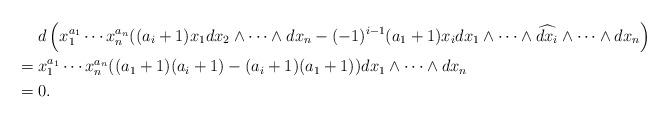
LaTeX: \begin{align*}&d\left(x_1^{a_1}\cdots x_n^{a_n}((a_i+1)x_1 dx_2\wedge\cdots \wedge dx_n-(-1)^{i-1}(a_1+1)x_idx_1\wedge \cdots\wedge\widehat{dx_i}\wedge\cdots\wedge dx_n\right)\\= {} & x_1^{a_1}\cdots x_n^{a_n}((a_1+1)(a_i+1)-(a_i+1)(a_1+1))dx_1\wedge\cdots \wedge dx_n\\= {} & 0.\end{align*}